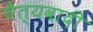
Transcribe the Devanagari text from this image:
चैत्यवादी